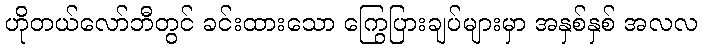
ဟိုတယ်လော်ဘီတွင် ခင်းထားသော ကြွေပြားချပ်များမှာ အနှစ်နှစ် အလလ